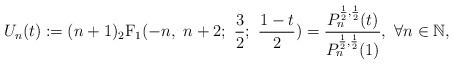
LaTeX: \begin{align*}U_n(t):=(n+1){\mbox{$_2$F$_1$}(-n,\ n+2;\ {{3}\over{2}};\ {{1-t}\over{2}})}={{P_n^{{{1}\over{2}},{{1}\over{2}}}(t) }\over{P_n^{{{1}\over{2}},{{1}\over{2}}}(1) }}, \ \forall n\in\mathbb{N},\end{align*}